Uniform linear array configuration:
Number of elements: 4
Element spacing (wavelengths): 1
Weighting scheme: kaiser
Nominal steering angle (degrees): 60
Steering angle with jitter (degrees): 59.627
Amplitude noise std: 0.05
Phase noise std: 0.05

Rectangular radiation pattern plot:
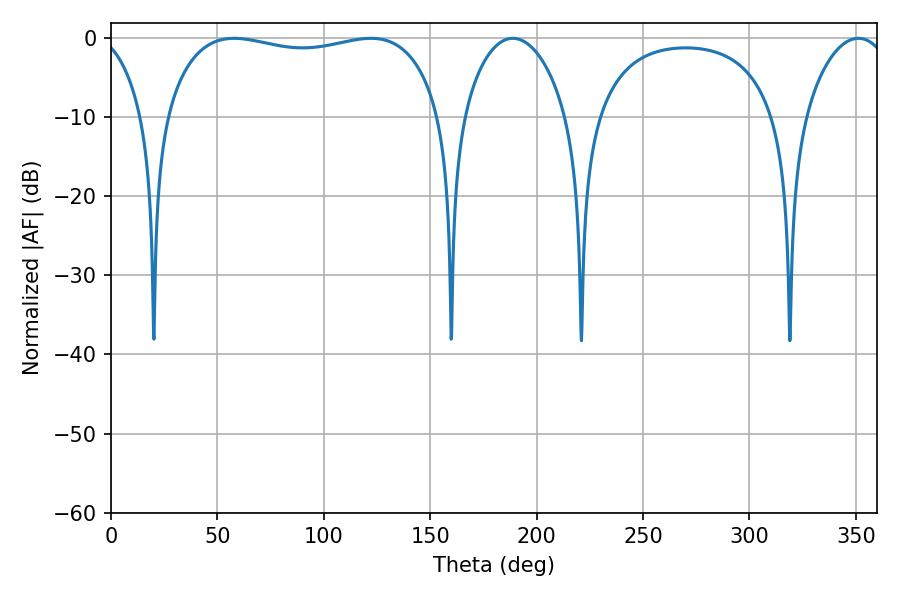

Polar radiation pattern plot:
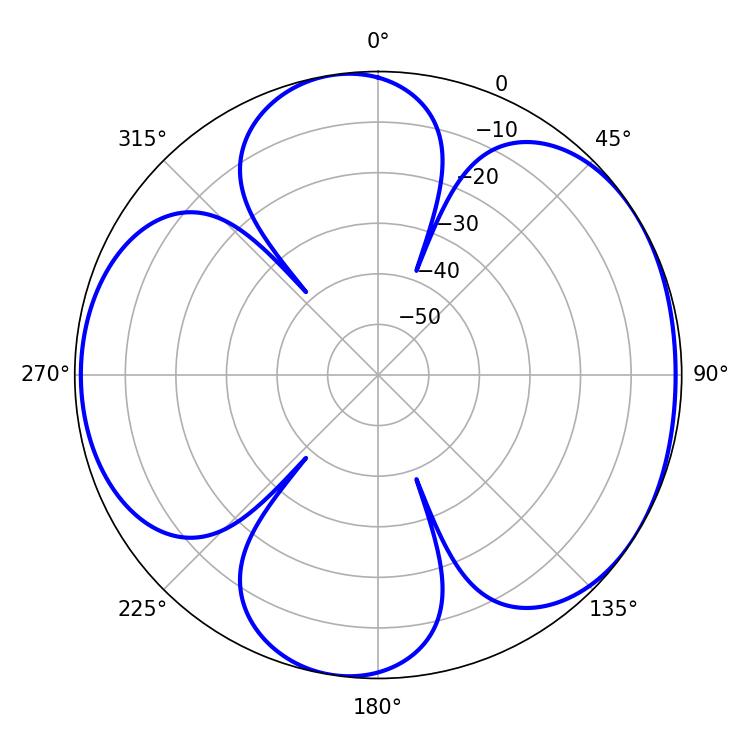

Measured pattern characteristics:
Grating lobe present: TRUE
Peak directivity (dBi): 5.458
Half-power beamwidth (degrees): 27.72
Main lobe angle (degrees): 188.82